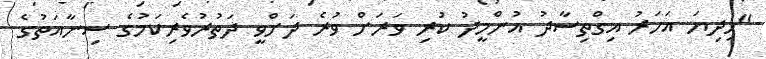
"މިދިޔަ އަހަރު އިގްތިސާދު އުންމީދު ކުރި ވަރަށް ވުރެ ދަށްވީ ދަތުރުވެރިކަމުގެ ސިނާއަތުގެ